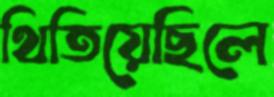
থিতিয়েছিলে